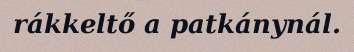
rákkeltő a patkánynál.